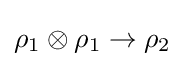
\rho _{1}\otimes \rho _{1}\to \rho _{2}